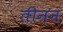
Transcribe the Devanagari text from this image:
तीनन